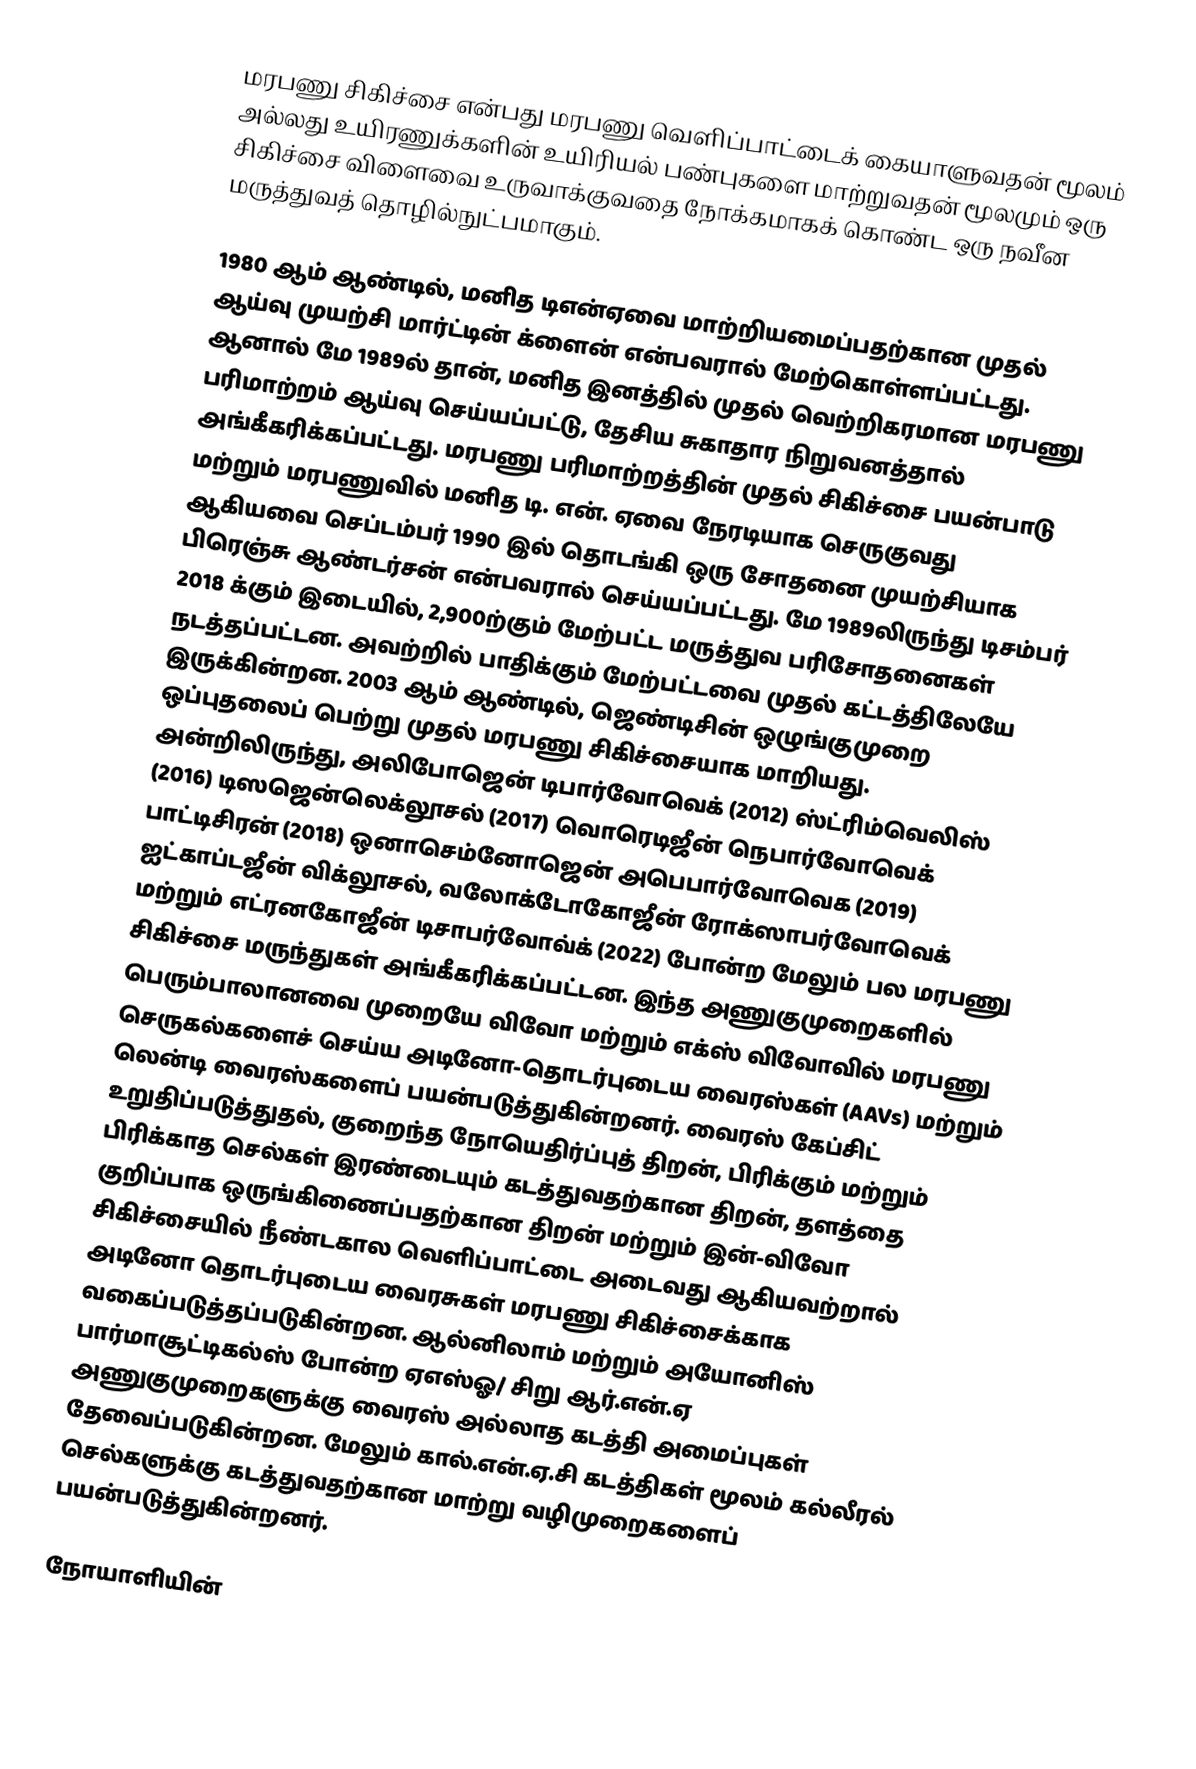
மரபணு சிகிச்சை என்பது மரபணு வெளிப்பாட்டைக் கையாளுவதன் மூலம் அல்லது உயிரணுக்களின் உயிரியல் பண்புகளை மாற்றுவதன் மூலமும் ஒரு சிகிச்சை விளைவை உருவாக்குவதை நோக்கமாகக் கொண்ட ஒரு நவீன மருத்துவத் தொழில்நுட்பமாகும்.

1980 ஆம் ஆண்டில், மனித டிஎன்ஏவை மாற்றியமைப்பதற்கான முதல் ஆய்வு முயற்சி மார்ட்டின் க்ளைன் என்பவரால் மேற்கொள்ளப்பட்டது. ஆனால் மே 1989ல் தான், மனித இனத்தில் முதல் வெற்றிகரமான மரபணு பரிமாற்றம் ஆய்வு செய்யப்பட்டு, தேசிய சுகாதார நிறுவனத்தால் அங்கீகரிக்கப்பட்டது. மரபணு பரிமாற்றத்தின் முதல் சிகிச்சை பயன்பாடு மற்றும் மரபணுவில் மனித டி. என். ஏவை நேரடியாக செருகுவது ஆகியவை செப்டம்பர் 1990 இல் தொடங்கி ஒரு சோதனை முயற்சியாக பிரெஞ்சு  ஆண்டர்சன் என்பவரால் செய்யப்பட்டது. மே 1989லிருந்து டிசம்பர் 2018 க்கும் இடையில், 2,900ற்கும் மேற்பட்ட மருத்துவ பரிசோதனைகள் நடத்தப்பட்டன. அவற்றில் பாதிக்கும் மேற்பட்டவை முதல் கட்டத்திலேயே இருக்கின்றன. 2003 ஆம் ஆண்டில், ஜெண்டிசின் ஒழுங்குமுறை ஒப்புதலைப் பெற்று முதல் மரபணு சிகிச்சையாக மாறியது. அன்றிலிருந்து, அலிபோஜென் டிபார்வோவெக் (2012) ஸ்ட்ரிம்வெலிஸ் (2016) டிஸஜென்லெக்லூசல் (2017) வொரெடிஜீன் நெபார்வோவெக் பாட்டிசிரன் (2018) ஒனாசெம்னோஜென் அபெபார்வோவெக (2019) ஐட்காப்டஜீன் விக்லூசல், வலோக்டோகோஜீன் ரோக்ஸாபர்வோவெக் மற்றும் எட்ரனகோஜீன் டிசாபர்வோவ்க் (2022) போன்ற மேலும் பல மரபணு சிகிச்சை மருந்துகள் அங்கீகரிக்கப்பட்டன. இந்த அணுகுமுறைகளில் பெரும்பாலானவை முறையே விவோ மற்றும் எக்ஸ் விவோவில் மரபணு செருகல்களைச் செய்ய அடினோ-தொடர்புடைய வைரஸ்கள் (AAVs) மற்றும் லென்டி வைரஸ்களைப் பயன்படுத்துகின்றனர். வைரஸ் கேப்சிட் உறுதிப்படுத்துதல், குறைந்த நோயெதிர்ப்புத் திறன், பிரிக்கும் மற்றும் பிரிக்காத செல்கள் இரண்டையும் கடத்துவதற்கான திறன், தளத்தை குறிப்பாக ஒருங்கிணைப்பதற்கான திறன் மற்றும் இன்-விவோ சிகிச்சையில் நீண்டகால வெளிப்பாட்டை அடைவது ஆகியவற்றால் அடினோ தொடர்புடைய வைரசுகள் மரபணு சிகிச்சைக்காக வகைப்படுத்தப்படுகின்றன. ஆல்னிலாம் மற்றும் அயோனிஸ் பார்மாசூட்டிகல்ஸ் போன்ற ஏஎஸ்ஓ/ சிறு ஆர்.என்.ஏ  அணுகுமுறைகளுக்கு வைரஸ் அல்லாத கடத்தி அமைப்புகள் தேவைப்படுகின்றன. மேலும் கால்.என்.ஏ.சி கடத்திகள் மூலம் கல்லீரல் செல்களுக்கு கடத்துவதற்கான மாற்று வழிமுறைகளைப் பயன்படுத்துகின்றனர்.

நோயாளியின்